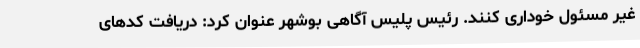
غیر مسئول خوداری کنند. رئیس پلیس آگاهی بوشهر عنوان کرد: دریافت کدهای